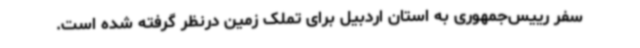
سفر رییس‌جمهوری به استان اردبیل برای تملک زمین درنظر گرفته شده است.